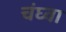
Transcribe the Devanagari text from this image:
चंघ्वा